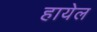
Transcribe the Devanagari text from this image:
हायेल